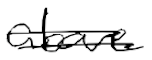
Text: above
Cross-out: double-line
Writing tool: digital_black